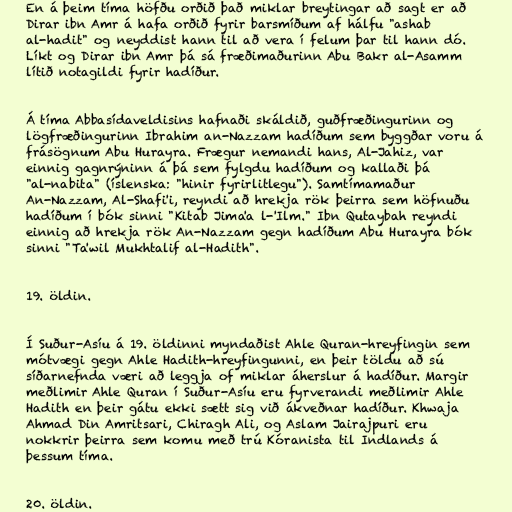
En á þeim tíma höfðu orðið það miklar breytingar að sagt er að
Dirar ibn Amr á hafa orðið fyrir barsmíðum af hálfu "ashab
al-hadit" og neyddist hann til að vera í felum þar til hann dó.
Líkt og Dirar ibn Amr þá sá fræðimaðurinn Abu Bakr al-Asamm
lítið notagildi fyrir hadíður.

Á tíma Abbasídaveldisins hafnaði skáldið, guðfræðingurinn og
lögfræðingurinn Ibrahim an-Nazzam hadíðum sem byggðar voru á
frásögnum Abu Hurayra. Frægur nemandi hans, Al-Jahiz, var
einnig gagnrýninn á þá sem fylgdu hadíðum og kallaði þá
"al-nabita" (íslenska: "hinir fyrirlitlegu"). Samtímamaður
An-Nazzam, Al-Shafi'i, reyndi að hrekja rök þeirra sem höfnuðu
hadíðum í bók sinni "Kitab Jima'a l-'Ilm." Ibn Qutaybah reyndi
einnig að hrekja rök An-Nazzam gegn hadíðum Abu Hurayra bók
sinni "Ta'wil Mukhtalif al-Hadith".

19. öldin.

Í Suður-Asíu á 19. öldinni myndaðist Ahle Quran-hreyfingin sem
mótvægi gegn Ahle Hadith-hreyfingunni, en þeir töldu að sú
síðarnefnda væri að leggja of miklar áherslur á hadíður. Margir
meðlimir Ahle Quran í Suður-Asíu eru fyrverandi meðlimir Ahle
Hadith en þeir gátu ekki sætt sig við ákveðnar hadíður. Khwaja
Ahmad Din Amritsari, Chiragh Ali, og Aslam Jairajpuri eru
nokkrir þeirra sem komu með trú Kóranista til Indlands á
þessum tíma.

20. öldin.